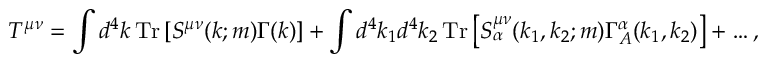
T ^ { \mu \nu } = \int d ^ { 4 } k \, { \mathrm { T r } } \left[ S ^ { \mu \nu } ( k ; m ) \Gamma ( k ) \right] + \int d ^ { 4 } k _ { 1 } d ^ { 4 } k _ { 2 } \, { \mathrm { T r } } \left[ S _ { \alpha } ^ { \mu \nu } ( k _ { 1 } , k _ { 2 } ; m ) \Gamma _ { A } ^ { \alpha } ( k _ { 1 } , k _ { 2 } ) \right] + \ldots ,